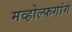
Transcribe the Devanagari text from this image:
मव्होल्फगांग